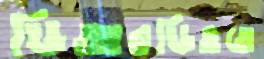
ডিআরডিওতে